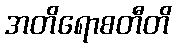
အတိရောစတီတိ